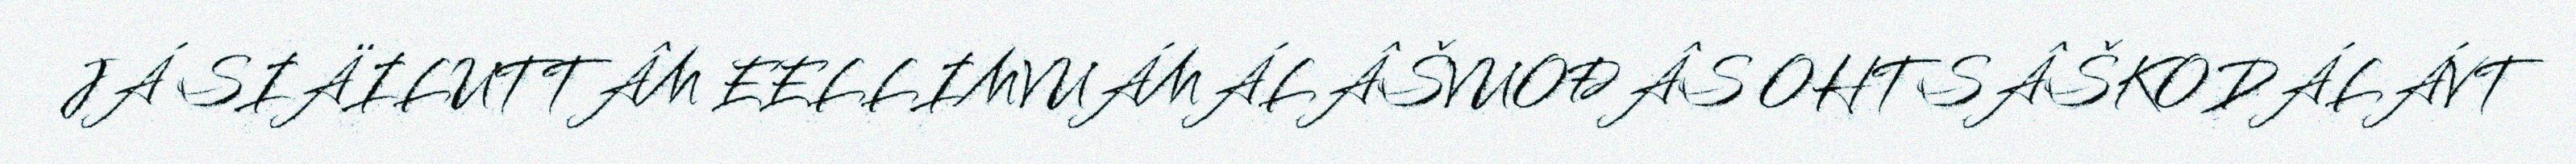
JÁ SIÄILUTTÂM EELLIMVUÁMÁLÂŠVUOĐÂS OHTSÂŠKODÁLÁVT